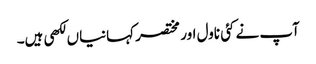
آپ نے کئی ناول اور مختصر کہانیاں لکھی ہیں۔